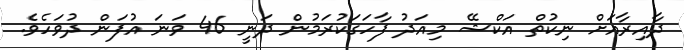
ދާއިރާއަށް ނިކުތް އަކްޝޭ މިއަދު ފާހަގަކުރަމުން ދަނީ 46 ވަނަ އުފަން ދުވަހެވެ.